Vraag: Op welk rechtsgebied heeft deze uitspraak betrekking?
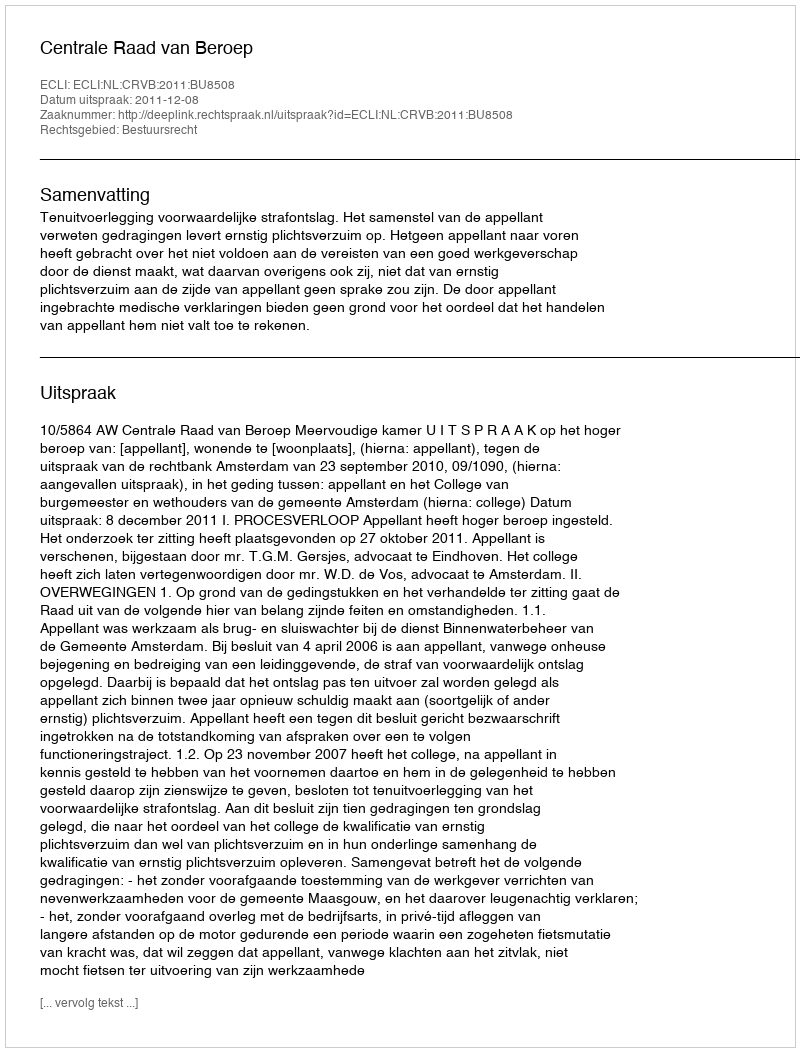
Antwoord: Bestuursrecht